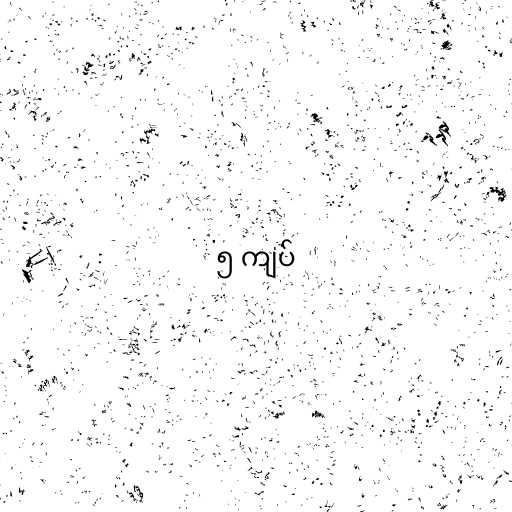
၅ ကျပ်